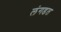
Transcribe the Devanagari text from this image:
लंगडत